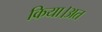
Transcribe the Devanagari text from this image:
किया।अत